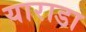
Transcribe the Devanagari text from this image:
याराडा